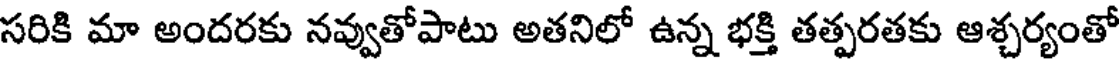
సరికి మా అందరకు నవ్వుతోపాటు అతనిలో ఉన్న భక్తి తత్పరతకు ఆశ్చర్యంతో